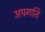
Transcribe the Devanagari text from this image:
अपगति